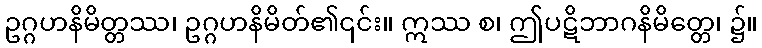
ဥဂ္ဂဟနိမိတ္တဿ၊ ဥဂ္ဂဟနိမိတ်၏၎င်း။ ဣဿ စ၊ ဤပဋိဘာဂနိမိတ္တေ၊ ၌။